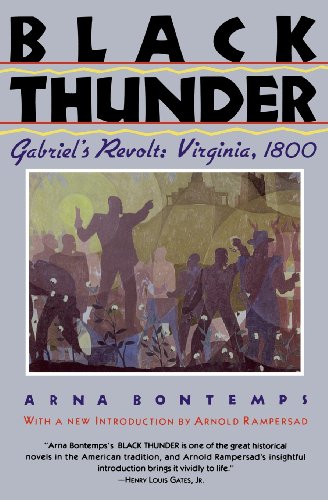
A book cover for Black Thunder: Gabriel's Revolt: Virginia, 1800; Literature & Fiction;